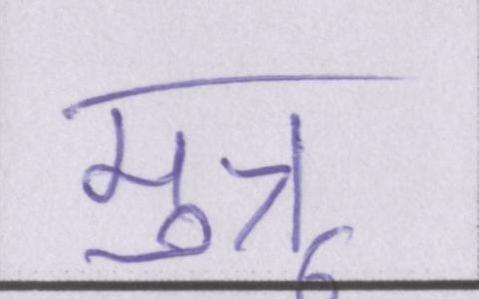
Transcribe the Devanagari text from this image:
मुन्नू